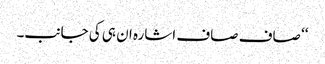
‘‘ صاف صاف اشارہ ان ہی کی جانب۔